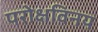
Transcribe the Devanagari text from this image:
परोक्षविनय